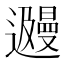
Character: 𬩩